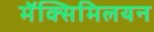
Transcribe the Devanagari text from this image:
मॅक्सिमिलयन